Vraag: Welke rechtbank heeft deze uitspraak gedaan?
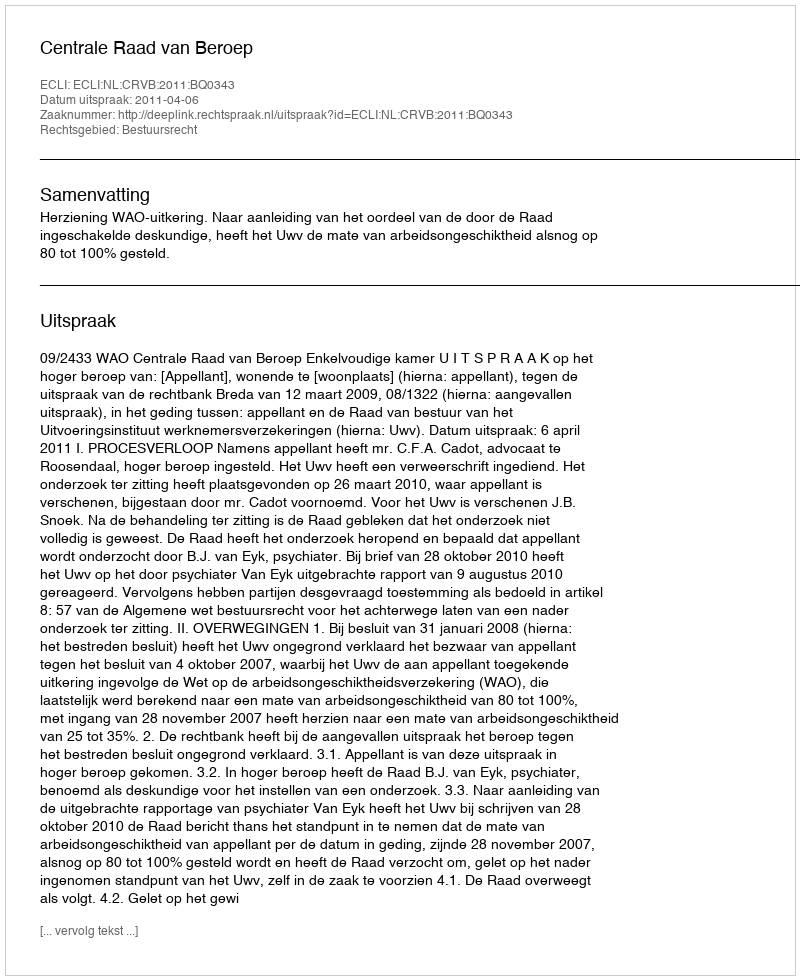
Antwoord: Centrale Raad van Beroep